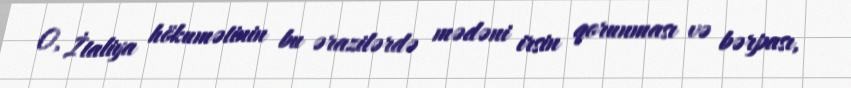
O, İtaliya hökumətinin bu ərazilərdə mədəni irsin qorunması və bərpası,